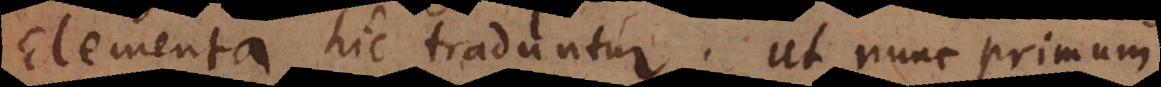
Elementa hic traduntur; ut nunc primum